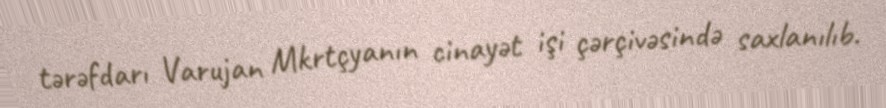
tərəfdarı Varujan Mkrtçyanın cinayət işi çərçivəsində saxlanılıb.